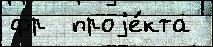
фр  проjе́кта